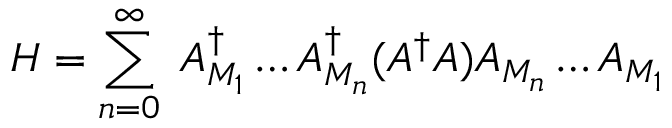
H = \sum _ { n = 0 } ^ { \infty } \; A _ { M _ { 1 } } ^ { \dagger } \ldots A _ { M _ { n } } ^ { \dagger } ( A ^ { \dagger } A ) A _ { M _ { n } } \ldots A _ { M _ { 1 } }